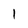
Character: 1